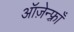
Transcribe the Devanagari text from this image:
ऑज़ेन्फ़्राँ